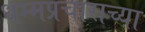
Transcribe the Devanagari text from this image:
धम्मप्रचाराच्या